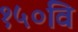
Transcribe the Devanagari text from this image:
१५०वि